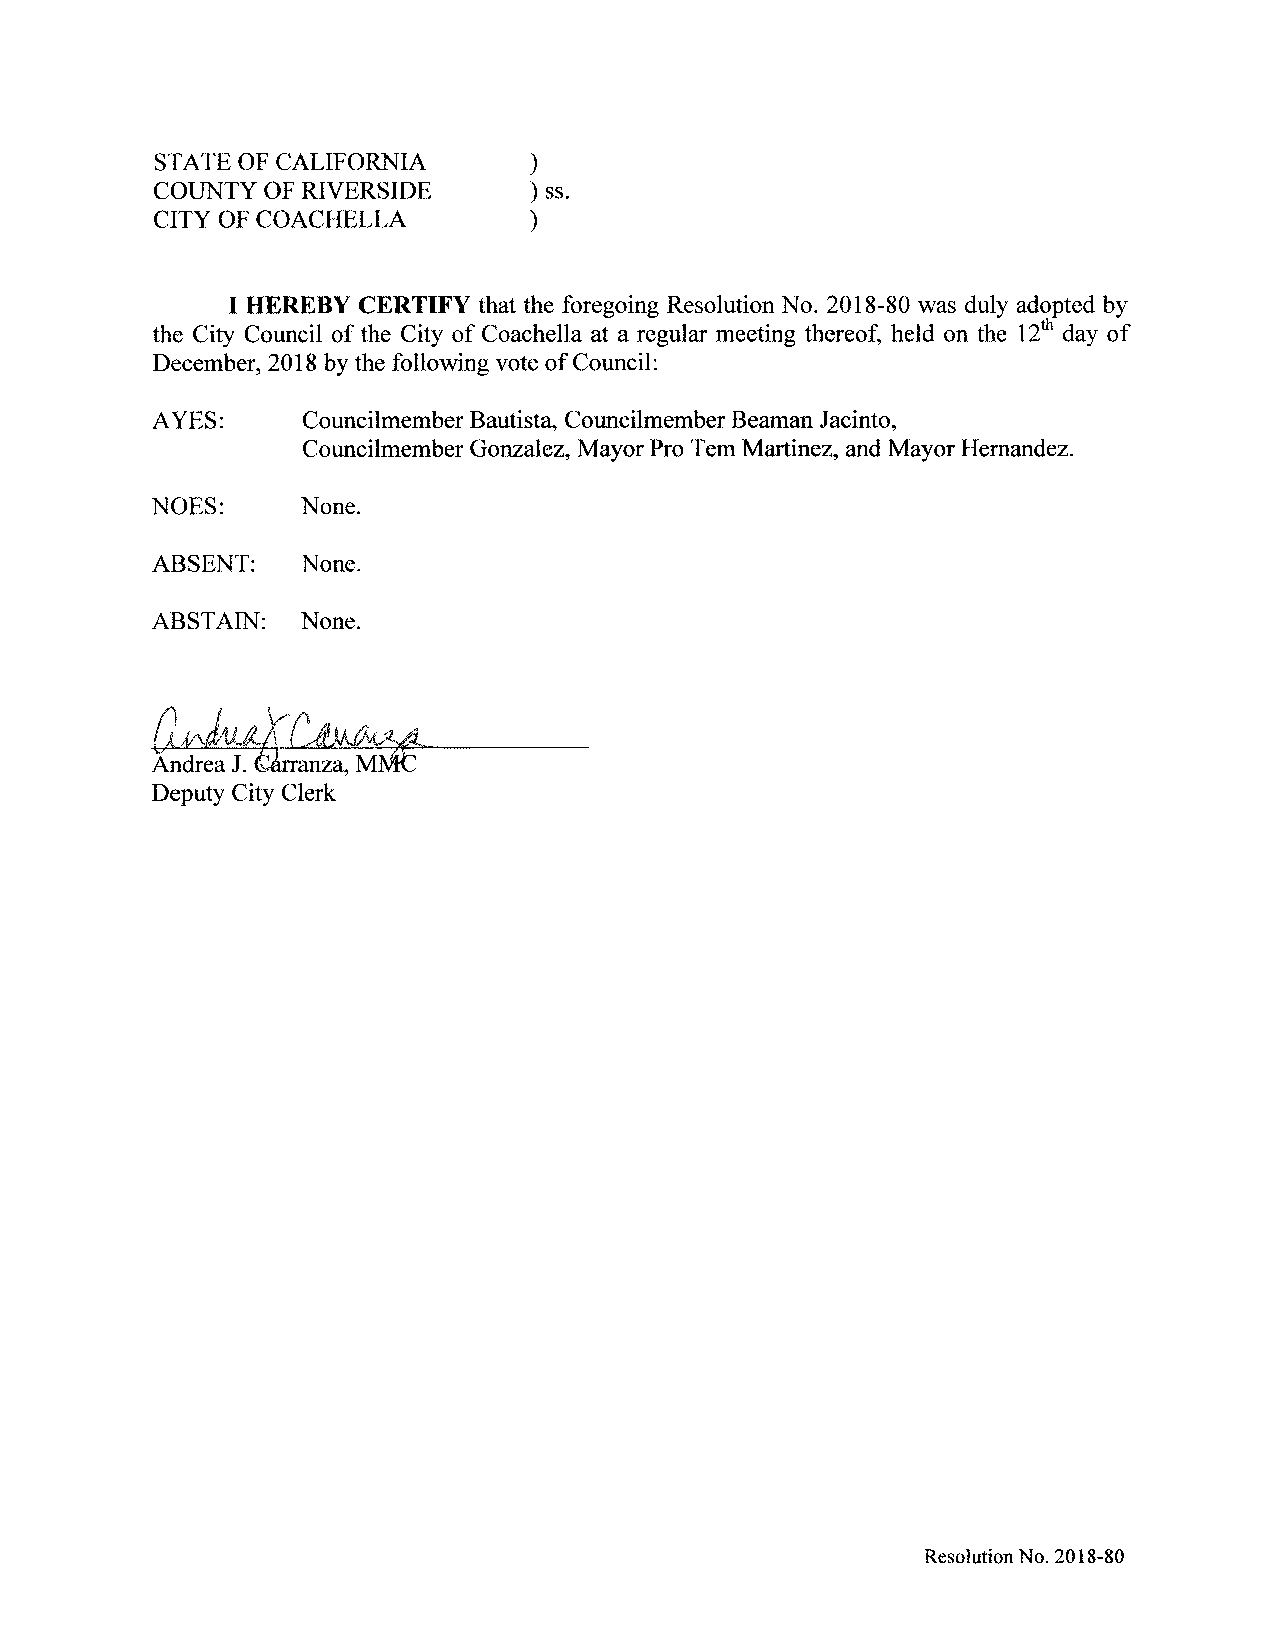
STATE OF CALIFORNIA
 COUNTY OF RIVERSIDE       ss.
 CITY OF COACHELLA
 I HEREBY CERTIFY that the foregoing Resolution No. 2018-80 was duly adopted by
 the City Council of the City of Coachella at a regular meeting thereof, held on the 12th day of
 December, 2018 by the following vote ofCouncil:
 AYES:     Councilmember Bautista, Councilmember Beaman Jacinto,
 Councilmember Gonzalez, Mayor Pro Tern Martinez, and Mayor Hernandez.
 NOES:     None.
 ABSENT:   None.
 ABSTAIN:  None.
 Andrea J. G6rranza, MNR
 Deputy City Clerk
 ResolutionNo. 2018-80